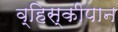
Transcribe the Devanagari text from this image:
व्हिस्कीपान